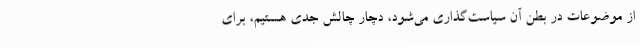
از موضوعات در بطن آن سیاست‌گذاری می‌شود، دچار چالش جدی هستیم، برای